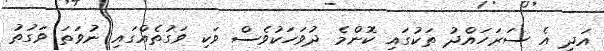
އަދި އެ ސަރަހައްދު ތަކުގައި ކޮންމެ ދުވަހަކުވެސް ވަކި ވަގުތެއްގައި ނުވަތަ ވަގުތު